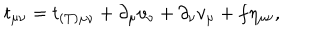
LaTeX: t _ { \mu \nu } = t _ { ( T ) \mu \nu } + \partial _ { \mu } v _ { \nu } + \partial _ { \nu } v _ { \mu } + f \eta _ { \mu \nu } ,